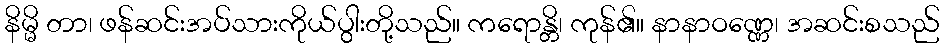
နိမ္မိ တာ၊ ဖန်ဆင်းအပ်သားကိုယ်ပွါးတို့သည်။ ကရောန္တိ၊ ကုန်၏။ နာနာဝဏ္ဏေ၊ အဆင်းစသည်